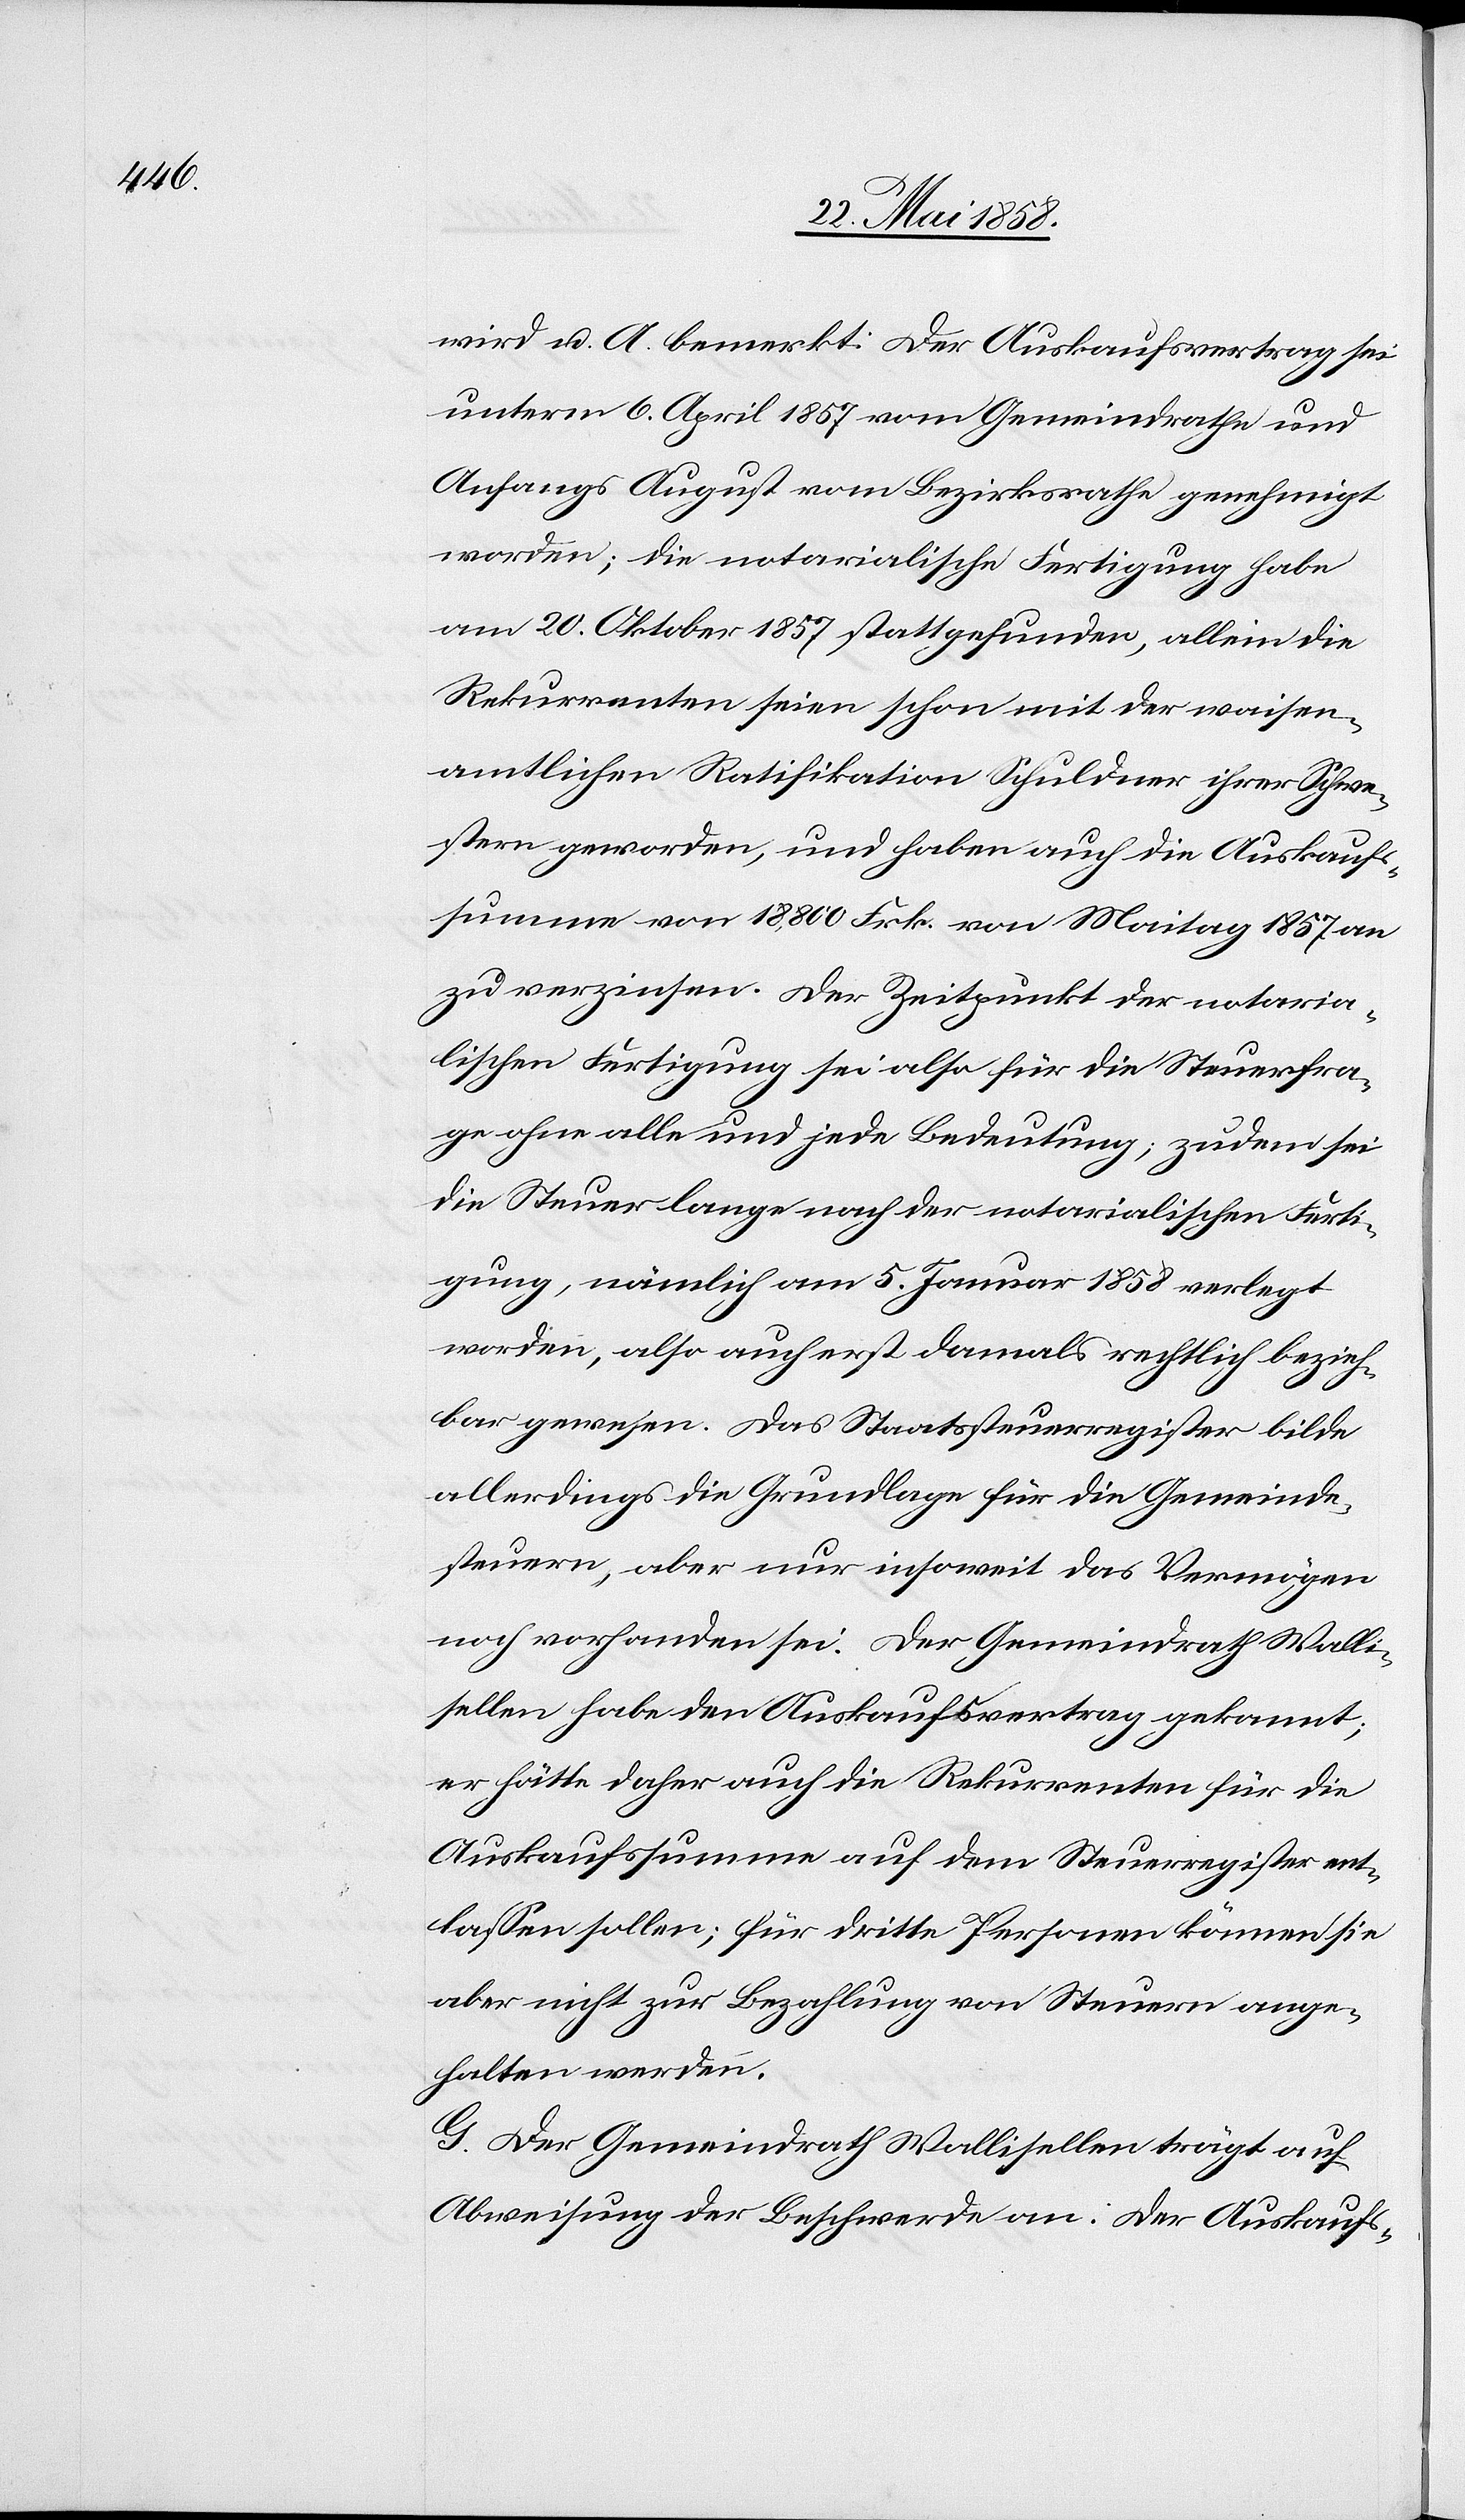
wird u. A. bemerkt: Der Auskaufsvertrag sei
unterm 6. April 1857 vom Gemeindrathe und
Anfangs August vom Bezirksrathe genehmigt
worden; die notarialische Fertigung habe
am 20. Oktober 1857 stattgefunden, allein die
Rekurrenten seien schon mit der waisen¬
amtlichen Ratifikation Schuldner ihrer Schwe¬
stern geworden, und haben auch die Auskaufs¬
summe von 18,800 Frk. von Maitag 1857 an
zu verzinsen. Der Zeitpunkt der notaria¬
lischen Fertigung sei also für die Steuerfra¬
ge ohne alle und jede Bedeutung; zudem sei
die Steuer lange nach der notarialischen Ferti¬
gung, nämlich am 5. Januar 1858 verlegt
worden, also auch erst damals rechtlich bezieh¬
bar gewesen. Das Staatssteuerregister bilde
allerdings die Grundlage für die Gemeinde¬
steuern, aber nur insoweit das Vermögen
noch vorhanden sei. Der Gemeindrath Walli¬
sellen habe den Auskaufsvertrag gekannt;
er hätte daher auch die Rekurrenten für die
Auskaufssumme auf dem Steuerregister ent¬
lassen sollen; für dritte Personen können sie
aber nicht zur Bezahlung von Steuern ange¬
halten werden.
G. Der Gemeindrath Wallisellen trägt auf
Abweisung der Beschwerde an: Der Auskaufs-